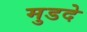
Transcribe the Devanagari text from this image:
मुडदे